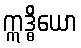
ဣဒ္ဓိယော